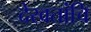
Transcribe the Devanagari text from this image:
देखतांचि